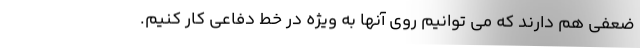
ضعفی هم دارند که می توانیم روی آنها به ویژه در خط دفاعی کار کنیم.